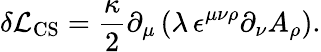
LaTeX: \delta{\cal L}_{\mathrm{CS}}=\frac{\kappa}{2}\partial_{\mu}\left(\lambda\, \epsilon^{\mu\nu\rho}\partial_{\nu}A_{\rho}\right).